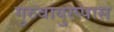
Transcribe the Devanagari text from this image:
गुरुवायुरप्पास